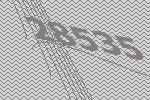
28535